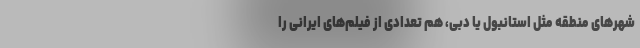
شهرهای منطقه مثل استانبول یا دبی، هم تعدادی از فیلم‌های ایرانی را